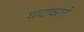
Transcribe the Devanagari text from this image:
घाटांवरती